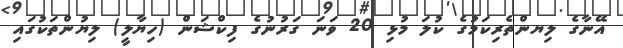
އޭނާގެ ލިޔންތެރިކަމުގެ ކުލަ މުޅި 20 ވަނަ ގަރުނުގެ ފިކްޝަން (ހިޔާލީ) ލިޔުންތަކުގައި